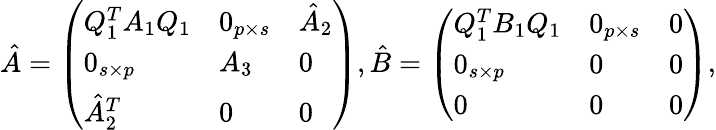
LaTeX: \begin{array}{r}{\hat{A}=\left(\begin{array}{lll}{Q_{1}^{T}A_{1}Q_{1}}&{0_{p\times s}}&{\hat{A}_{2}}\\ {0_{s\times p}}&{A_{3}}&{0}\\ {\hat{A}_{2}^{T}}&{0}&{0}\end{array}\right),\hat{B}=\left(\begin{array}{lll}{Q_{1}^{T}B_{1}Q_{1}}&{0_{p\times s}}&{0}\\ {0_{s\times p}}&{0}&{0}\\ {0}&{0}&{0}\end{array}\right),}\end{array}